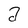
Character: a